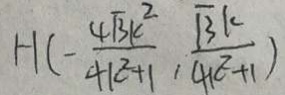
H ( - \frac { 4 \sqrt { 3 } k ^ { 2 } } { 4 k ^ { 2 } + 1 } , \frac { \sqrt { 3 } k } { 4 k ^ { 2 } + 1 } )